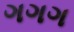
ગગગ